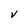
Character: V